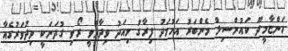
ހަންޏާމީދޫ ކައުންސިލް މެންބަރު އަހުމަދު ފިރާގު މިއަދު ވިދާޅުވީ ރޯވި ގުދަނަކީ ވިދުވަރުގެއާ